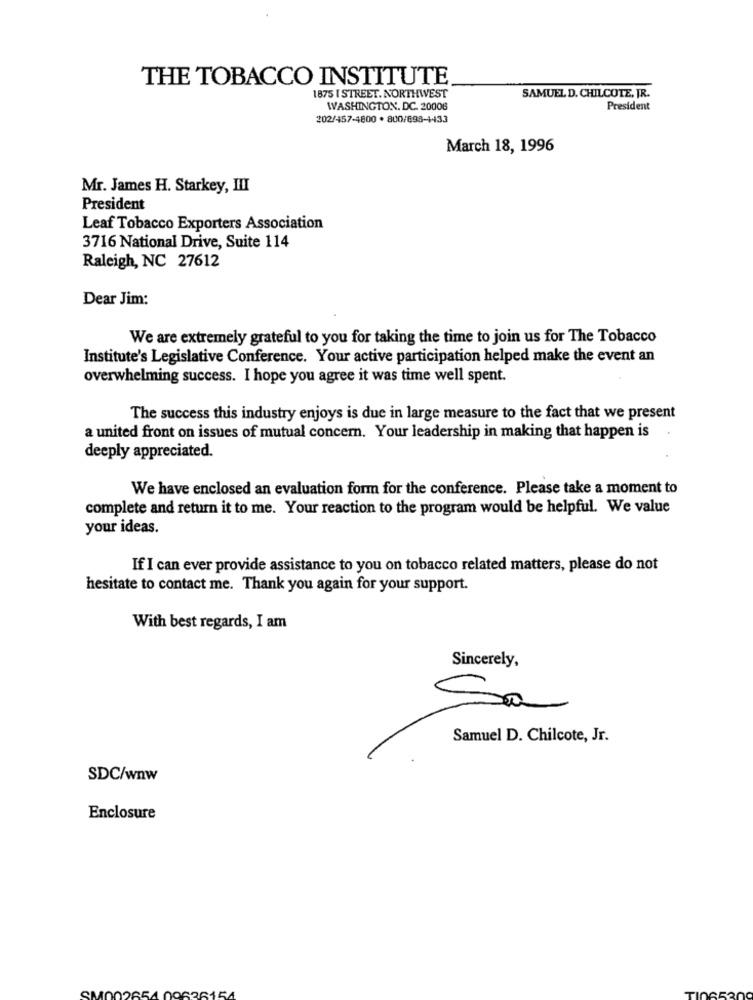
THE TOBACCO INSTITUTE
1875 I STREET. NORTHWEST
SAMUEL D. CHILCOTE, JR.
WASHINGTON, DC. 20006
President
202/457-4800 . 800/698-1433
March 18, 1996
Mr. James H. Starkey, III
President
Leaf Tobacco Exporters Association
3716 National Drive, Suite 114
Raleigh, NC 27612
Dear Jim:
We are extremely grateful to you for taking the time to join us for The Tobacco
Institute's Legislative Conference. Your active participation helped make the event an
overwhelming success. I hope you agree it was time well spent.
The success this industry enjoys is due in large measure to the fact that we present
a united front on issues of mutual concern. Your leadership in making that happen is
deeply appreciated.
We have enclosed an evaluation form for the conference. Please take a moment to
complete and return it to me. Your reaction to the program would be helpful. We value
your ideas.
If I can ever provide assistance to you on tobacco related matters, please do not
hesitate to contact me. Thank you again for your support.
With best regards, I am
Sincerely,
Sa
Samuel D. Chilcote, Jr.
SDC/wnw
Enclosure
626